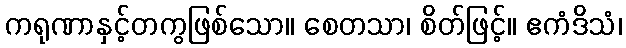
ကရုဏာနှင့်တကွဖြစ်သော။ စေတသာ၊ စိတ်ဖြင့်။ ဧကံဒိသံ၊